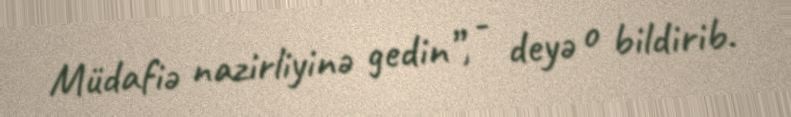
Müdafiə nazirliyinə gedin”, - deyə o bildirib.